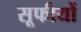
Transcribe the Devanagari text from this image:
सूफीयों